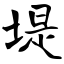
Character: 堤